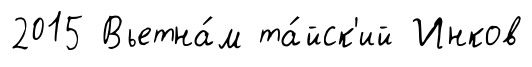
2015 Вьетна́м та́йск'ий Инков